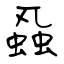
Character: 蝨